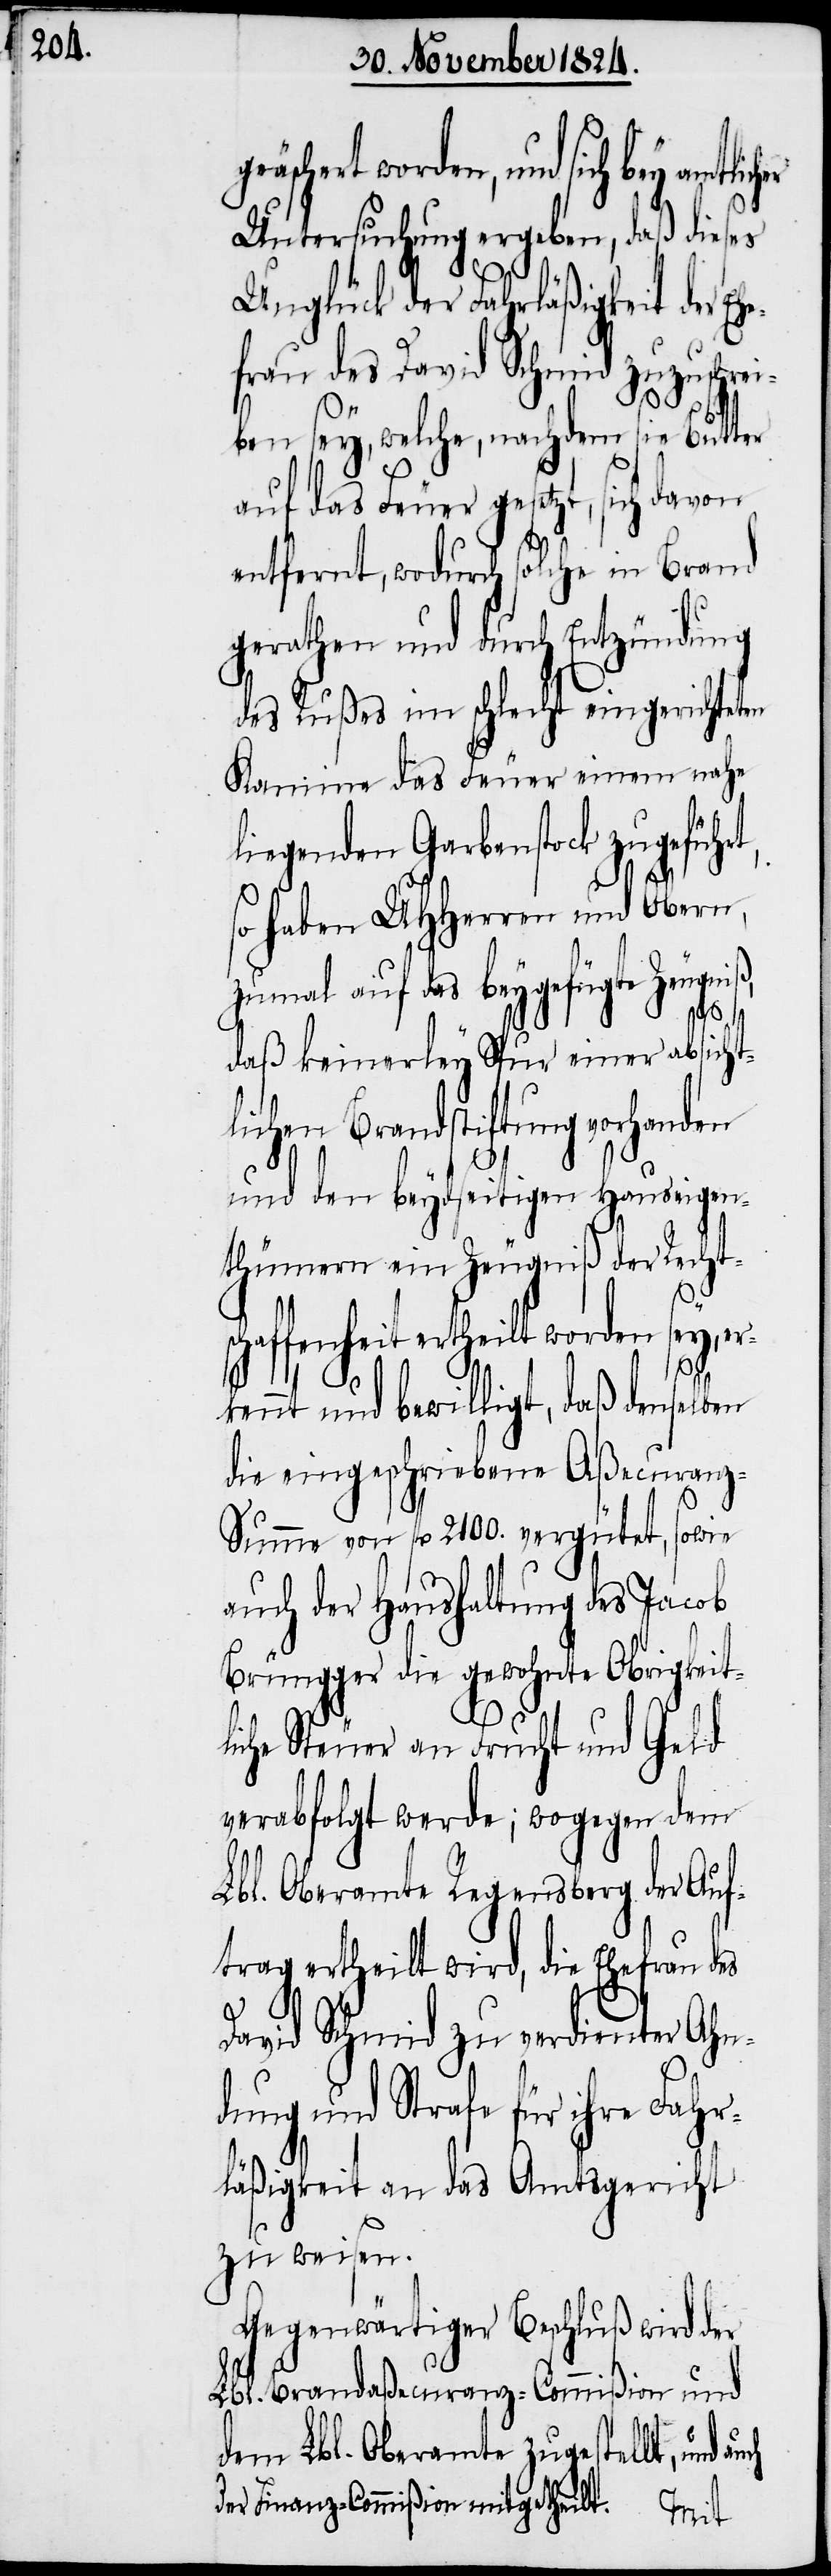
Untersuchung ergeben, daß dieses
Unglück der Fahrläßigkeit der
frau des David Schmid zuzuschre¬
ß,
iben sey, welche, nachdem sie Butter
auf das Feuer gesetzt, sich davon
entfernt, wodurch solche in Brand
gerathen und durch Entzündung
des Rußes im schlecht eingerichteten
Kamine das Feuer einem nahe
liegenden Garbenstock zugefüh¬
so haben UHHerren und Obern,
zumal auf das beygefügte Zeugni¬
daß keinerley Spur einer absicht¬
lichen Brandstiftung vorhanden
und den beydseitigen Hauseigen¬
thümern ein Zeugniß der Rechtsc¬
haffenheit ertheilt worden
ennt und bewilligt, daß denselben
die eingeschriebene Aßecuranz-S¬
umme von fl. 2100. vergütet, sowie
auch der Haushaltung des Jacob
Brüngger die gewohnte Obrigkeit¬
liche Steuer an Frucht und Geld
verabfolgt werde; wogegen dem
Lbl. Oberamte Regensperg der Auf¬
trag ertheilt wird, die Ehefrau des
David Schmid zu verdienter Ahn¬
dung und Strafe für ihre Fahr¬
läßigkeit an das Amtsgericht
zu weisen.
Gegenwärtiger Beschluß wird der
Lbl. Brandaßecuranz-Commißion und
dem Lbl. Oberamte zugestellt, und
der Finanz-Commißion mitgetheilt.
erk¬